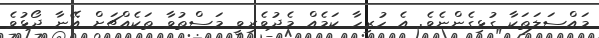
މައްސަލަތަކާ ގުޅިގެންނެވެ. އެ ހުރިހާ ކަމެއް މެދުވެރިވީ މަސްތުވާ ތަކެއްޗަށް އޭނާ ދޯޅުވެ